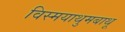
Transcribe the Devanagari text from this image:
विस्मयाथुमबाथू